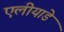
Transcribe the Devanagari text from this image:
एलीयाडे